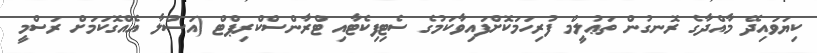
ކިޔަވައިދޭ މާއްދާގެ ރޮނގުން ތަޢުލީމް ފުރިހަމަކޮށްފައިވާކަމުގެ ސެޓިފިކެޓާއި ޓްރާންސްކްރިޕްޓް (އަސްލާ އެއްގޮކަމަށް ރަސްމީ